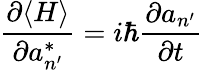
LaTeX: {\frac{\partial\langle H\rangle}{\partial a_{n^{\prime}}^{*}}}=i\hbar{\frac{\partial a_{n^{\prime}}}{\partial t}}